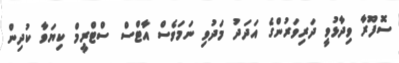
ސޮފޫރާ ވިދާޅުވީ ދަރިވަރުންގެ އަދަދު މަދުވި ނަމަވެސް އާޓްސް ސްޓްރީމް ކިޔަވާ ކުދިން